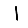
Digit: 1